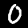
Digit: 0